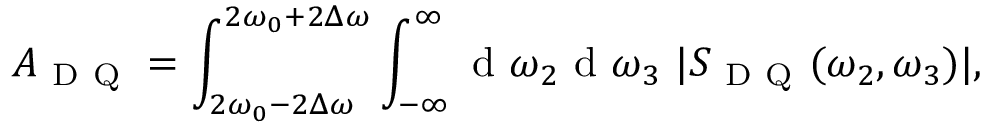
A _ { \mathrm { ~ D ~ Q ~ } } = \int _ { 2 \omega _ { 0 } - 2 \Delta \omega } ^ { 2 \omega _ { 0 } + 2 \Delta \omega } \int _ { - \infty } ^ { \infty } \ensuremath { \mathrm { ~ d ~ } } \omega _ { 2 } \ensuremath { \mathrm { ~ d ~ } } \omega _ { 3 } \ | S _ { \mathrm { ~ D ~ Q ~ } } ( \omega _ { 2 } , \omega _ { 3 } ) | ,